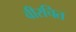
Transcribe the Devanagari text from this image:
वीरचित